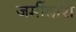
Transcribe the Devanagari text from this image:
जमींदारो